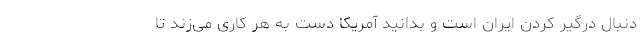
دنبال درگیر کردن ایران است و بدانید آمریکا دست به هر کاری می‌زند تا